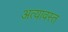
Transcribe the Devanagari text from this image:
अत्यावस्त